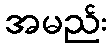
အမည်း